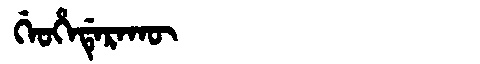
Manchu: ᡤᡝᠣᡥᡝᡩᡝᡵᠠᡴᡡ
Romanization: GEOHEDERAKŪ